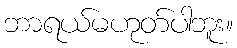
ဘာရယ်မဟုတ်ပါဘူး။